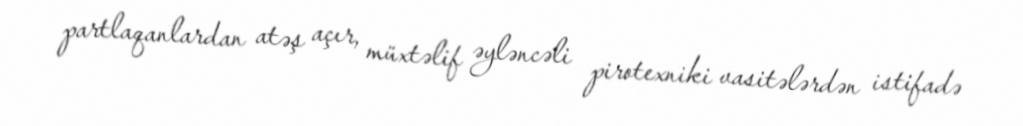
partlaqanlardan atəş açır, müxtəlif əyləncəli pirotexniki vasitələrdən istifadə